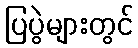
ပြပွဲများတွင်